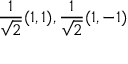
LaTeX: { \frac { 1 } { \sqrt { 2 } } } ( 1 , 1 ) , { \frac { 1 } { \sqrt { 2 } } } ( 1 , - 1 )